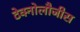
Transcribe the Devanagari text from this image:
टेक्नोलौजीस